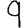
Digit: 9